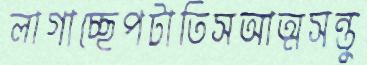
লাগাচ্ছেপটাতিসআত্মসন্তু